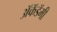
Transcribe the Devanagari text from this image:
अॅकॅडॅमी